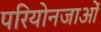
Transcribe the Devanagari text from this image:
परियोनजाओं